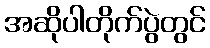
အဆိုပါတိုက်ပွဲတွင်